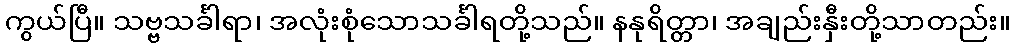
ကွယ်ပြီ။ သဗ္ဗသင်္ခါရာ၊ အလုံးစုံသောသင်္ခါရတို့သည်။ နနုရိတ္တာ၊ အချည်းနှီးတို့သာတည်း။